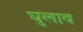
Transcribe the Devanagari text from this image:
घुलाव